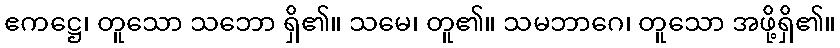
ဧကဋ္ဌေ၊ တူသော သဘော ရှိ၏။ သမေ၊ တူ၏။ သမဘာဂေ၊ တူသော အဖို့ရှိ၏။